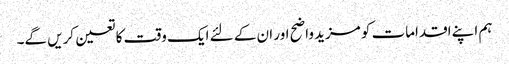
ہم اپنے اقدامات کو مزید واضح اور ان کے لئے ایک وقت کا تعین کریں گے۔